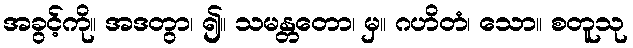
အခွင့်ကို။ အဒတွာ၊ ၍။ သမန္တတော၊ မှ။ ဂဟိတံ၊ သော။ စတူသု